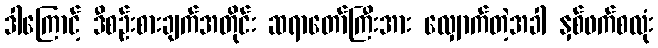
ဒါကြောင့် ဒီစဉ်းစားချက်အတိုင်း ဆရာတော်ကြီးအား လျှောက်တဲ့အခါ နှစ်ဖက်စလုံး